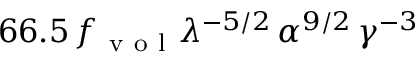
6 6 . 5 \, f _ { \mathrm { ~ v ~ o ~ l ~ } } \lambda ^ { - 5 / 2 } \, \alpha ^ { 9 / 2 } \, \gamma ^ { - 3 }